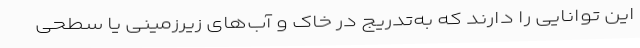
این توانایی را دارند که به‌تدریج در خاک و آب‌های زیرزمینی یا سطحی